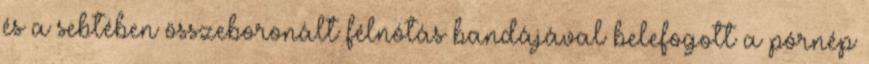
és a sebtében összeboronált félnótás bandájával belefogott a pórnép